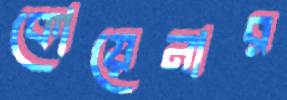
কোয়েনার